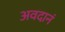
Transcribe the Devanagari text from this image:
अवदानं